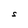
Character: S